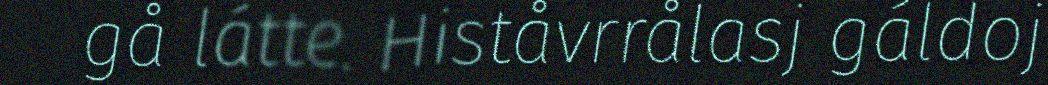
gå látte. Histåvrrålasj gáldoj